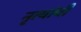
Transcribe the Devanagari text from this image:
नृत्यांची